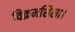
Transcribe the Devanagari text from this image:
विक्रमशिला।